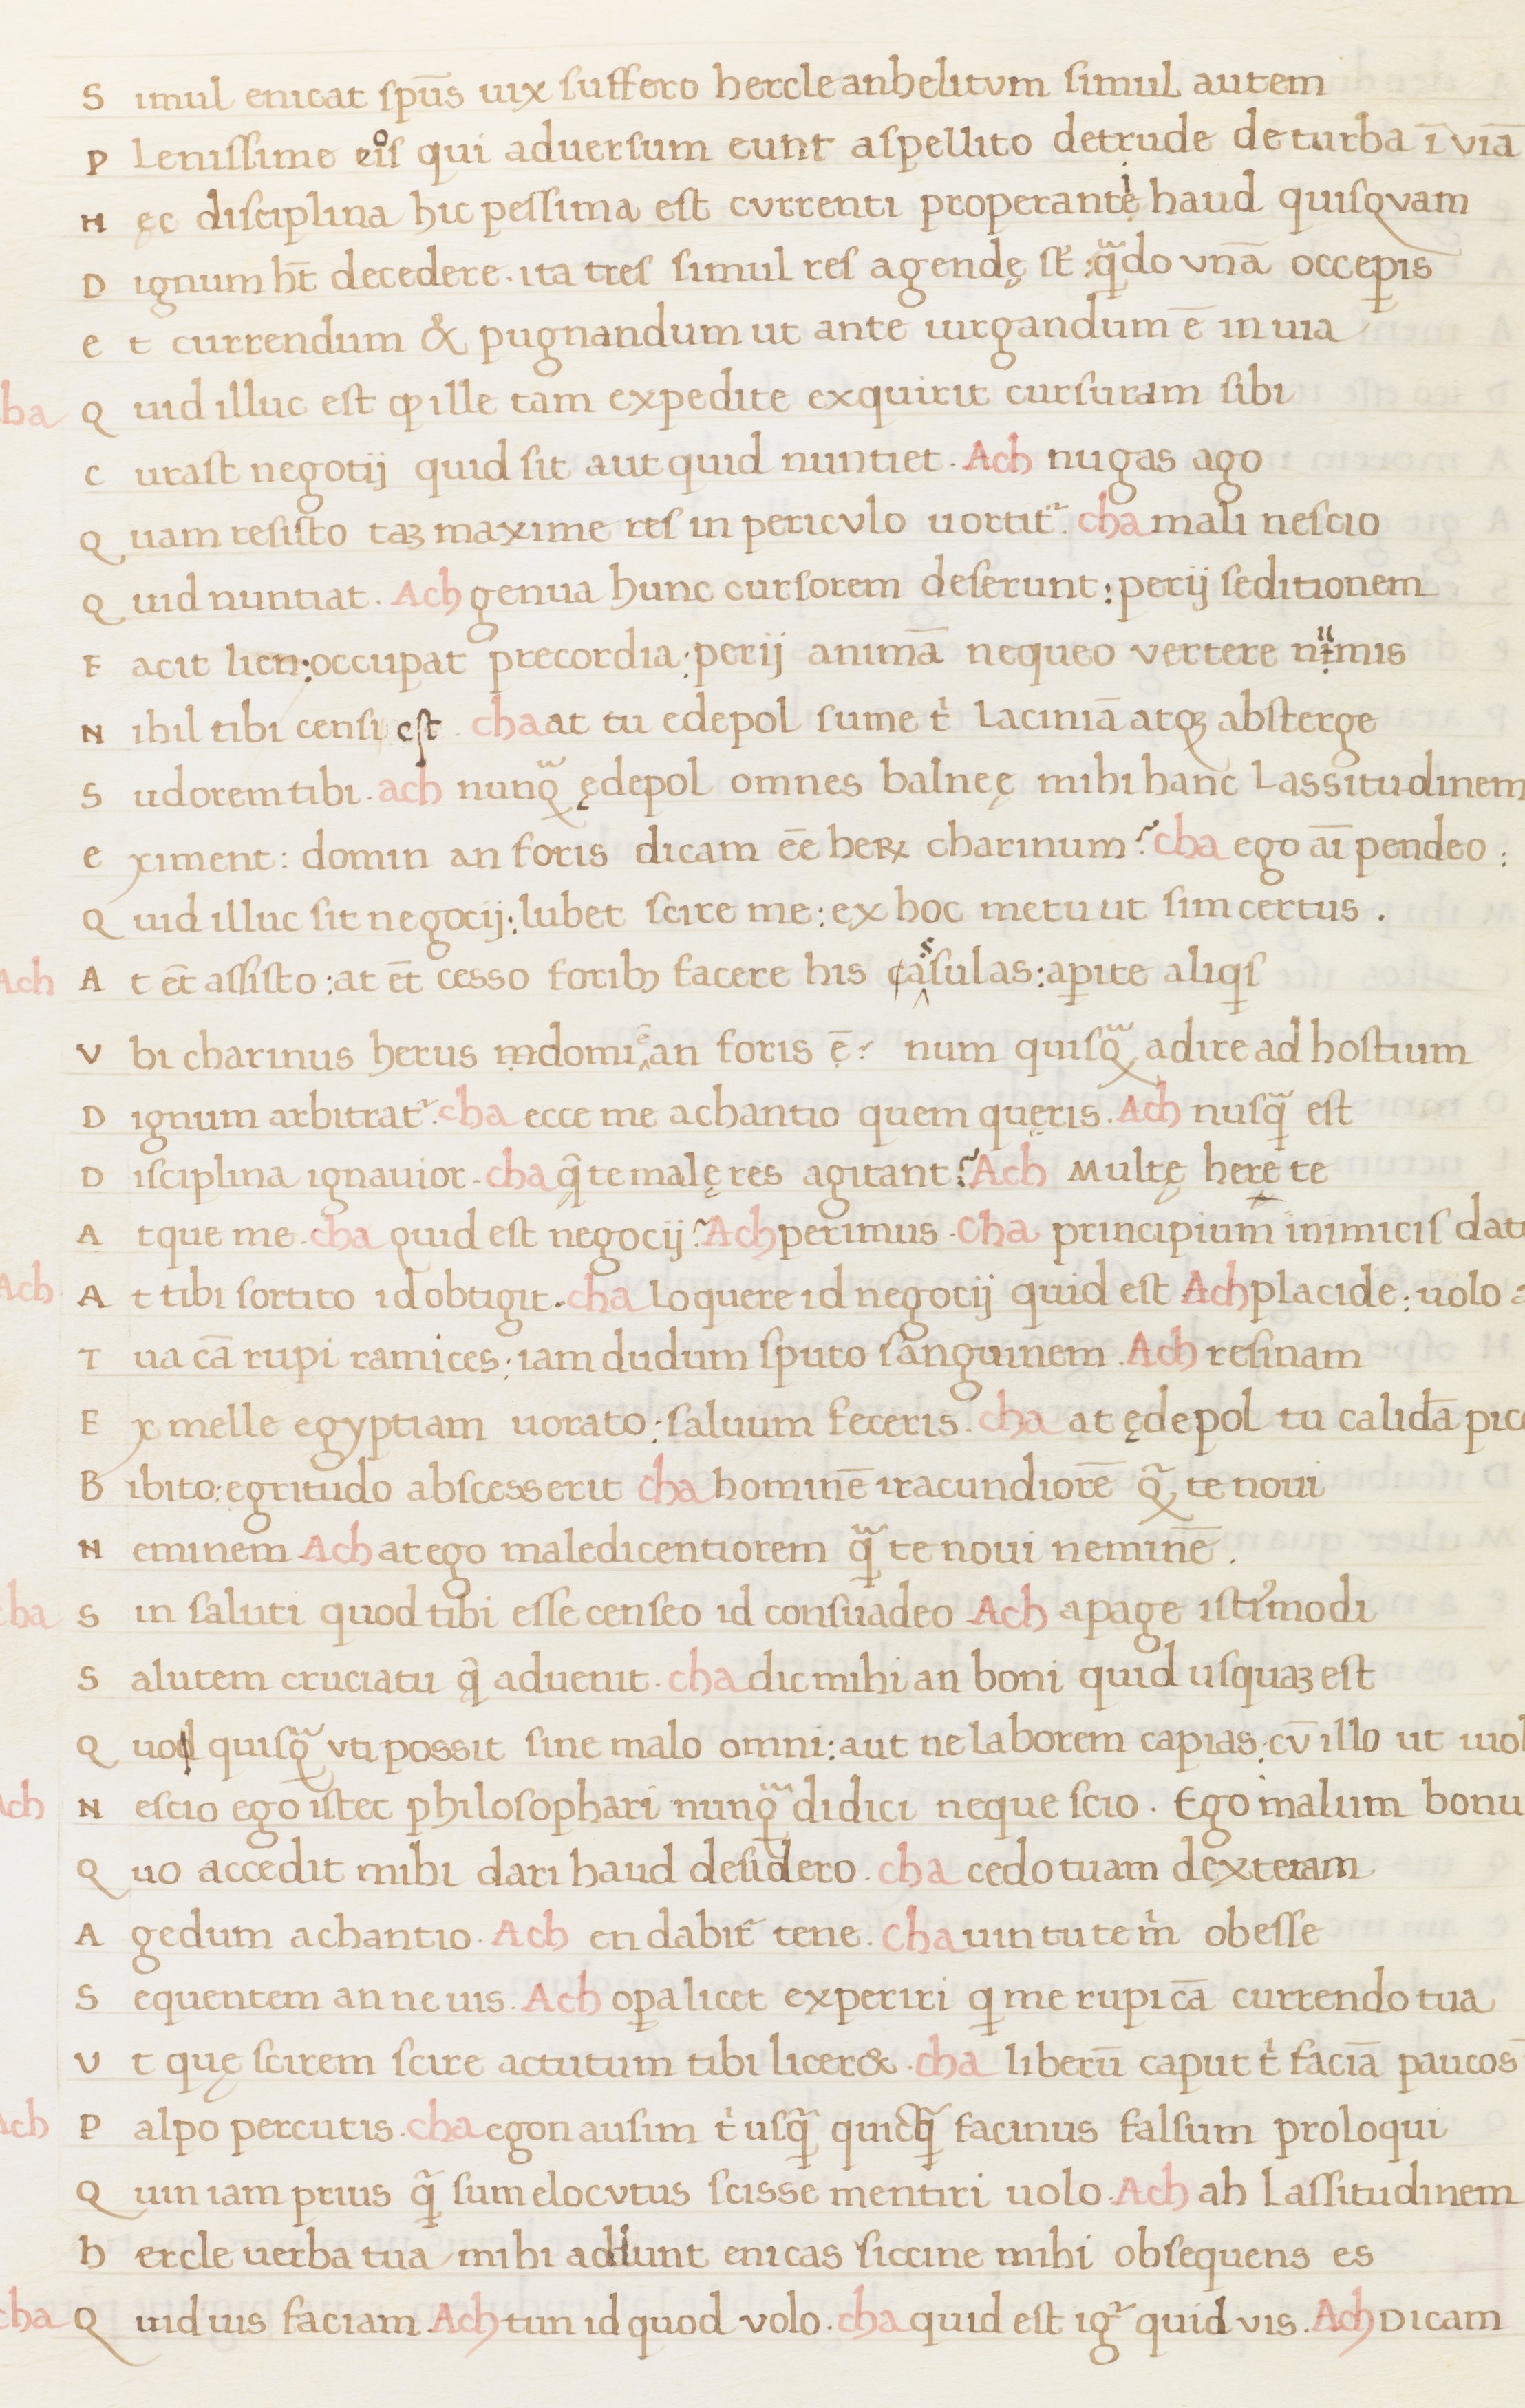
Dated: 1400–1499